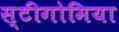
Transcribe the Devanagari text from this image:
स्टीगोमिया